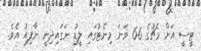
ޓީސީ އަށް މެޗުގެ 66 ވަނަ މިނެޓުގައި ލީޑު ނަގައިދިނީ ނާފިއު އެވެ.